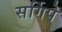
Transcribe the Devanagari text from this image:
सर्गिपे